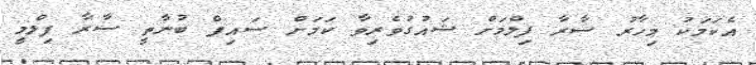
އެކަމަކު މިހާރު ސާރާ ފިލްމަށް ޝައުގުވެރިވާ ކަމަށް ސައިފް ބުނާތީ ސާރާ ފިލްމީ